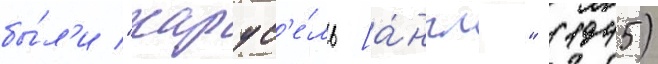
бы́л'и "карус'е́ль [а́нгл." (1945)